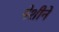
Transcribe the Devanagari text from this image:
पेशीने